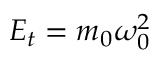
E _ { t } = m _ { 0 } \omega _ { 0 } ^ { 2 }